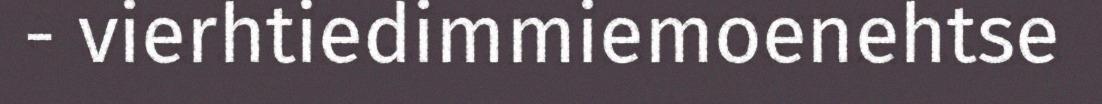
- vierhtiedimmiemoenehtse